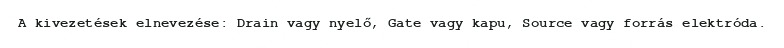
A kivezetések elnevezése: Drain vagy nyelő, Gate vagy kapu, Source vagy forrás elektróda.